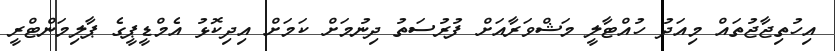
އިހުތިޖާޖުތައް މިއަދު ހުއްޓާލީ މަޝްވަރާއަށް ފުރުސަތު ދިނުމަށް ކަމަށް އިދިކޮޅު އެމްޑީޕީގެ ޕާލިމަންޓްރީ